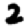
Digit: 2